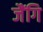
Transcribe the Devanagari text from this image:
जैंगि